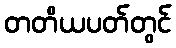
တတိယပတ်တွင်